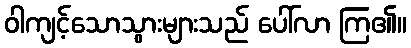
ဝါကျင့်သောသွားများသည် ပေါ်လာ ကြ၏။